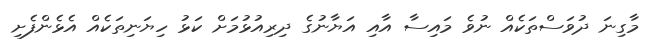
މާގިނަ ދުވަސްތަކެއް ނުވެ މައިސާ އާއި އަޔާނުގެ ދިރިއުޅުމަށް ކަޅު ހިޔަނިތަކެއް އެޅެންފެށި